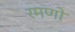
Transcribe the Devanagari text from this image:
रमणो